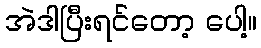
အဲဒါပြီးရင်တော့ ပေါ့။